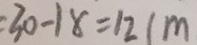
: 3 0 - 1 8 = 1 2 ( m